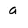
Character: a